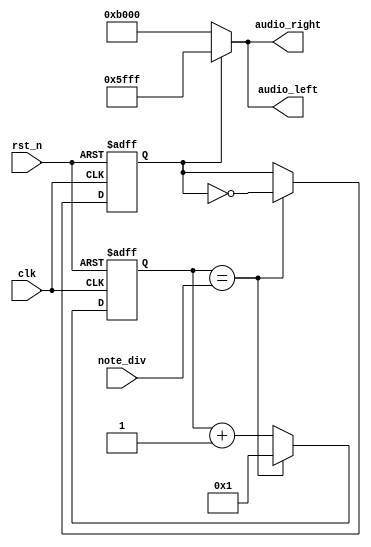
`timescale 1ns / 1ps
//////////////////////////////////////////////////////////////////////////////////
// Company: 
// Engineer: 
// 
// Design Name: 
// Module Name: buzzer_control
// Project Name: 
// Target Devices: 
// Tool Versions: 
// Description: 
// 
// Dependencies: 
// 
// Revision:
// Revision 0.01 - File Created
// Additional Comments:
// 
//////////////////////////////////////////////////////////////////////////////////


module buzzer_control(clk, rst_n, note_div, audio_left, audio_right);
input clk;
input rst_n;
input [21:0] note_div;
output [15:0] audio_left;
output [15:0] audio_right;
reg b_clock;
reg [21:0] count; 
reg [21:0] counter;
reg next_b_clock;
reg [15:0] audio_left, audio_right;

 always @*
    if (count == note_div) 
    begin
      counter = 22'd1;
      next_b_clock   = ~b_clock;
    end 
    else 
    begin
      counter = count + 1'b1;
      next_b_clock = b_clock;
    end

  always @(posedge clk or negedge rst_n)
    if (~rst_n) begin
      count <= 22'd0;
      b_clock   <= 1'b0;
    end else begin
      count <= counter;
      b_clock   <= next_b_clock;
    end

always @*
if (b_clock)
begin
    audio_left = 16'h5FFF;
    audio_right = 16'h5FFF;
end
else
begin
    audio_left = 16'hB000;
    audio_right = 16'hB000;
end
    
endmodule